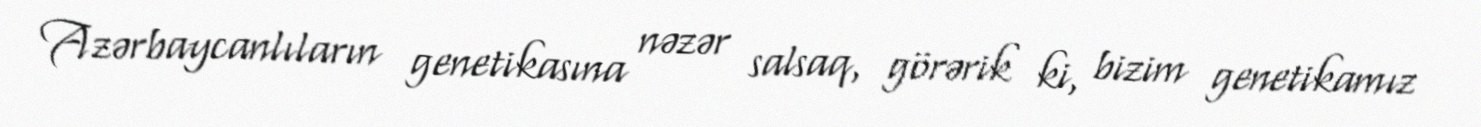
Azərbaycanlıların genetikasına nəzər salsaq, görərik ki, bizim genetikamız